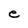
Character: e